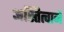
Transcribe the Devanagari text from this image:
अस्तित्वाने